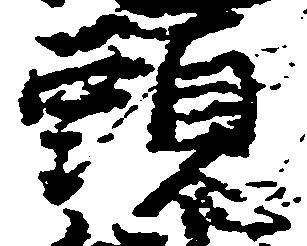
頭